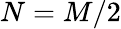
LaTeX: N=M/2